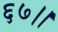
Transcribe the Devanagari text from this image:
६७।।